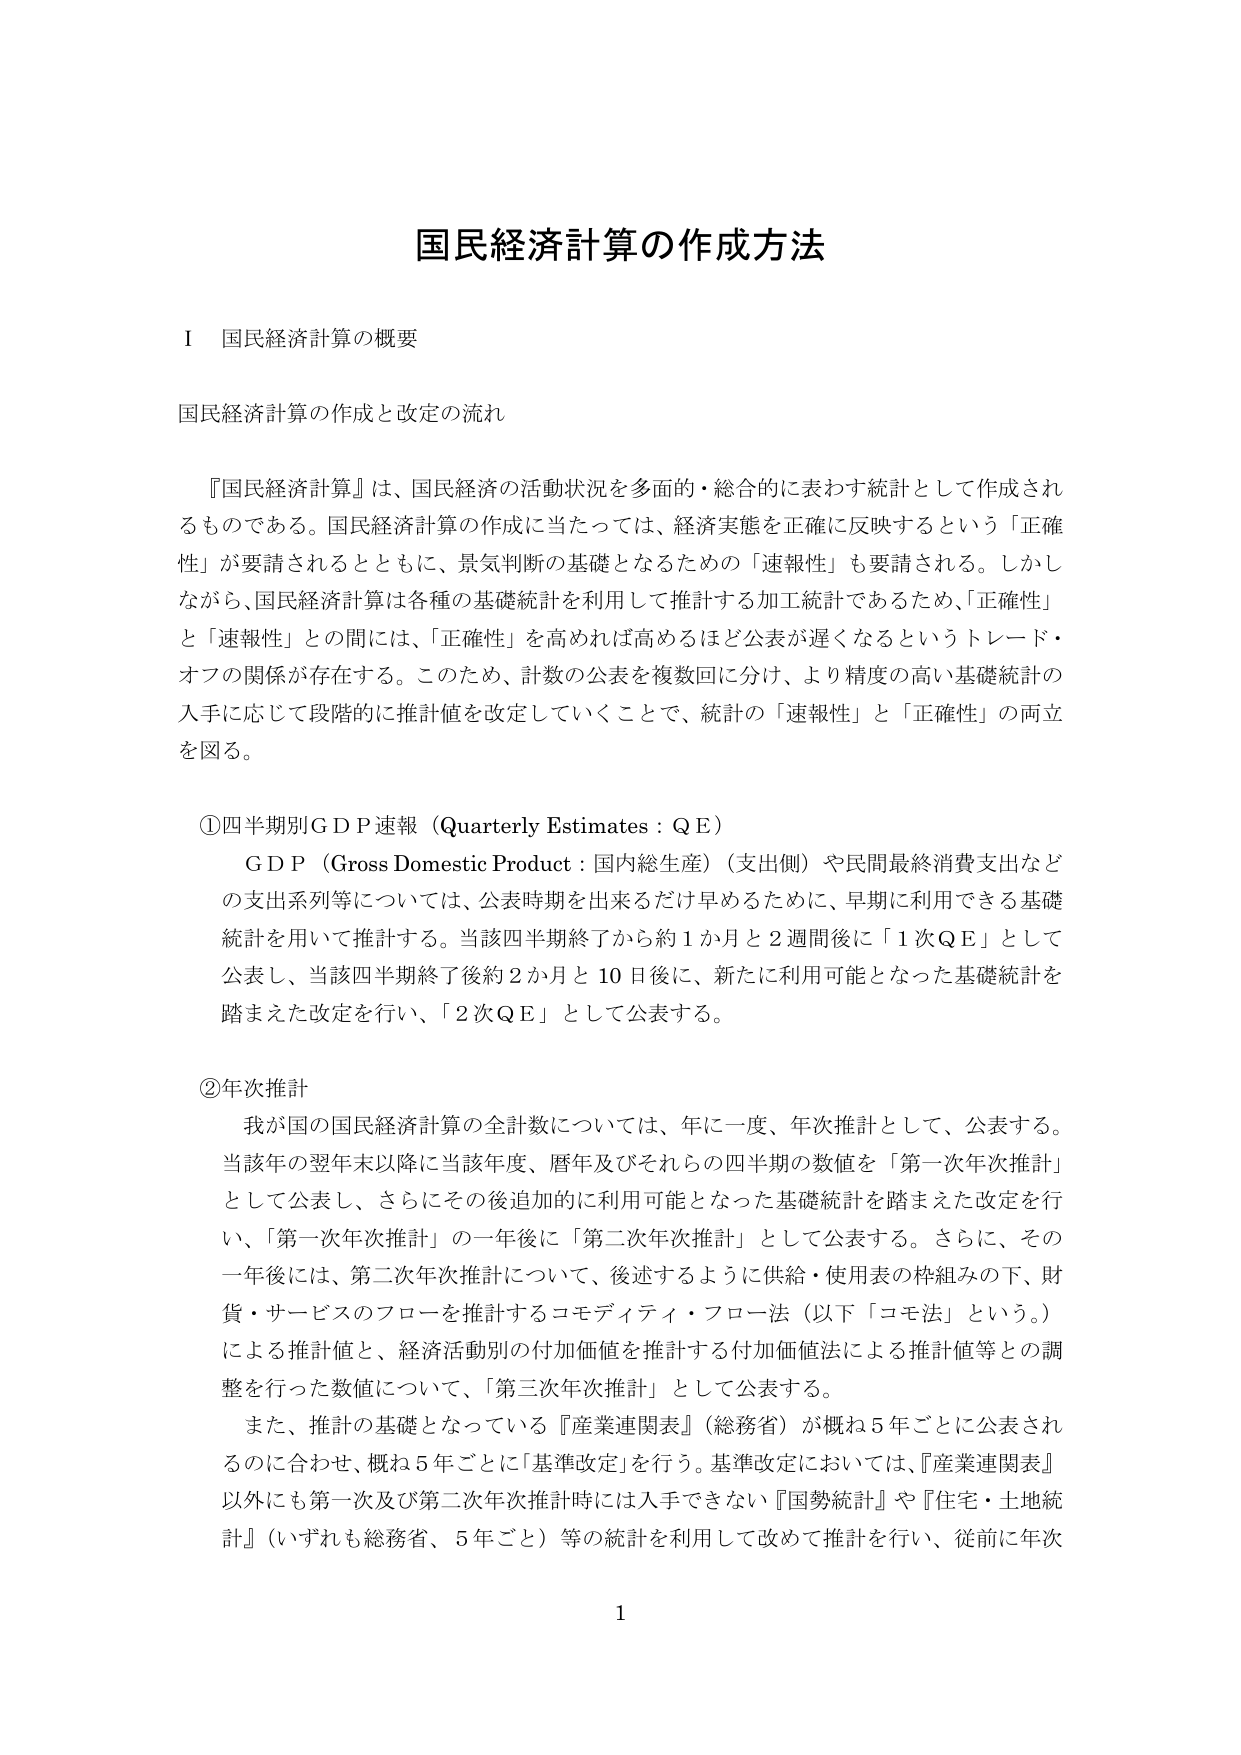
国民経済計算の作成方法

Ⅰ 国民経済計算の概要

国民経済計算の作成と改定の流れ

『国民経済計算』は、国民経済の活動状況を多面的・総合的に表わす統計として作成されるものである。国民経済計算の作成に当たっては、経済実態を正確に反映するという「正確性」が要請されるとともに、景気判断の基礎となるための「速報性」も要請される。しかしながら、国民経済計算は各種の基礎統計を利用して推計する加工統計であるため、「正確性」と「速報性」との間には、「正確性」を高めれば高めるほど公表が遅くなるというトレード・オフの関係が存在する。このため、計数の公表を複数回に分け、より精度の高い基礎統計の入手に応じて段階的に推計値を改定していくことで、統計の「速報性」と「正確性」の両立を図る。

①四半期別ＧＤＰ速報（Quarterly Estimates：ＱＥ）

ＧＤＰ（Gross Domestic Product：国内総生産）（支出側）や民間最終消費支出などの支出系列等については、公表時期を出来るだけ早めるために、早期に利用できる基礎統計を用いて推計する。当該四半期終了から約１か月と２週間後に「１次ＱＥ」として公表し、当該四半期終了後約２か月と10日後に、新たに利用可能となった基礎統計を踏まえた改定を行い、「２次ＱＥ」として公表する。

②年次推計

我が国の国民経済計算の全計数については、年に一度、年次推計として、公表する。当該年の翌年末以降に当該年度、暦年及びそれらの四半期の数値を「第一次年次推計」として公表し、さらにその後追加的に利用可能となった基礎統計を踏まえた改定を行い、「第一次年次推計」の一年後に「第二次年次推計」として公表する。さらに、その一年後には、第二次年次推計について、後述するように供給・使用表の枠組みの下、財貨・サービスのフローを推計するコモディティ・フロー法（以下「コモ法」という。）による推計値と、経済活動別の付加価値を推計する付加価値法による推計値等との調整を行った数値について、「第三次年次推計」として公表する。

また、推計の基礎となっている『産業連関表』（総務省）が概ね５年ごとに公表されるのに合わせ、概ね５年ごとに「基準改定」を行う。基準改定においては、『産業連関表』以外にも第一次及び第二次年次推計時には入手できない『国勢統計』や『住宅・土地統計』（いずれも総務省、５年ごと）等の統計を利用して改めて推計を行い、従前に年次

1